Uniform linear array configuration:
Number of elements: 24
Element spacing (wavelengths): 1
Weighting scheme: blackman
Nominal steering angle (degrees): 45
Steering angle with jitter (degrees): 44.993
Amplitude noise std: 0.05
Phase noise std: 0.05

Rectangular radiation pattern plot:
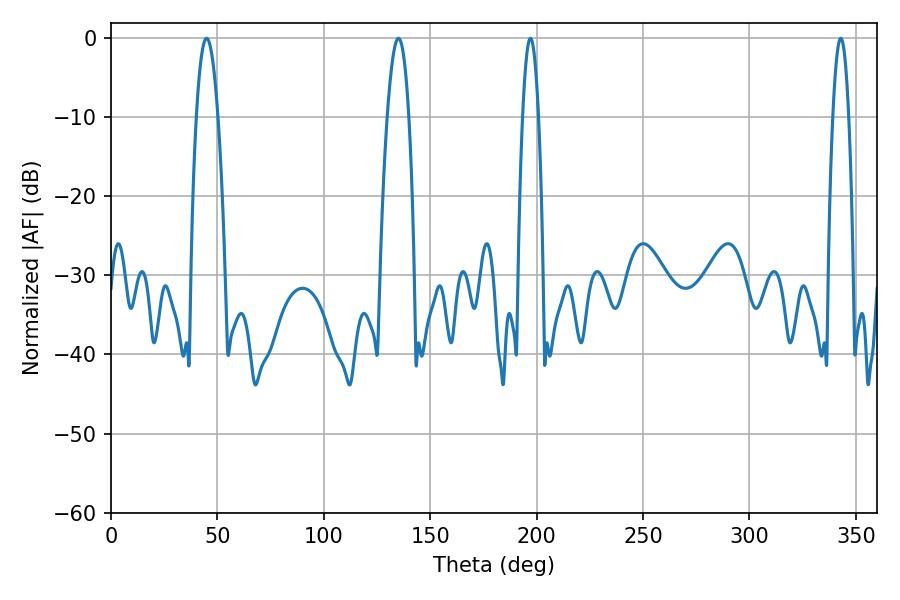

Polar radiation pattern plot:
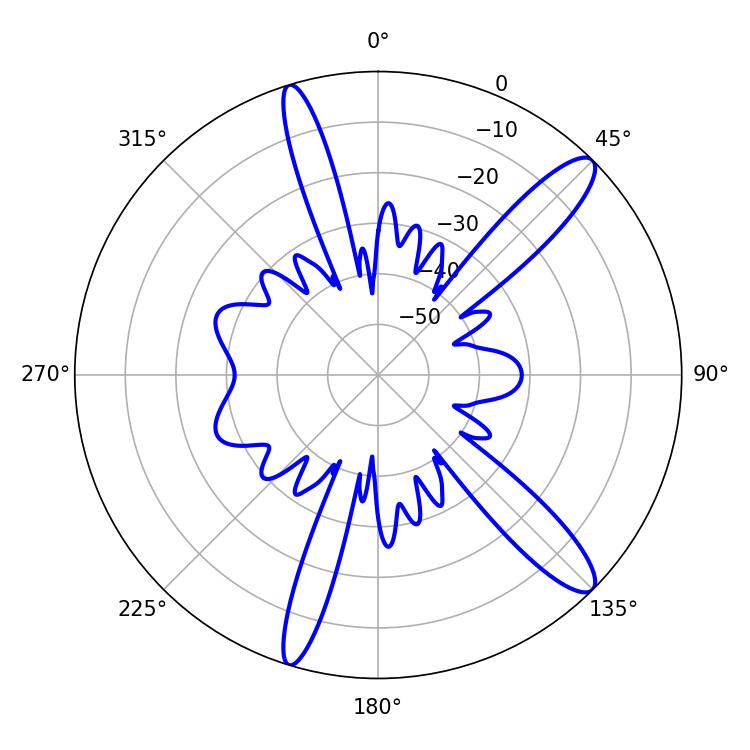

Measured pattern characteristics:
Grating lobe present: TRUE
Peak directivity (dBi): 12.936
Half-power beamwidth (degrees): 3.96
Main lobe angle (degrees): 197.1